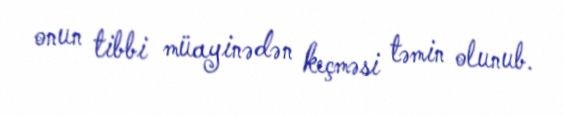
onun tibbi müayinədən keçməsi təmin olunub.